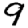
Digit: 9